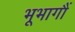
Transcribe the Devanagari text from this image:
भूभागौं